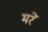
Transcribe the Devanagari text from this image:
मरें